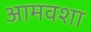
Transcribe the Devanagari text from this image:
आमवशा